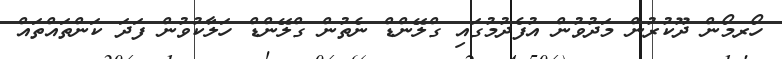
ހޯރމޯން ދޫކުރުން މަދުވުން އުފެދުމުގައި ގްލޭންޑް ނެތުން ގްލޭންޑް ހަލާކުވުން ފަދަ ކަންތައްތައް